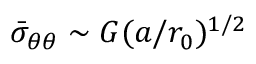
\bar { \sigma } _ { \theta \theta } \sim G ( a / r _ { 0 } ) ^ { 1 / 2 }